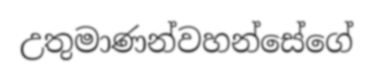
උතුමාණන්වහන්සේගේ